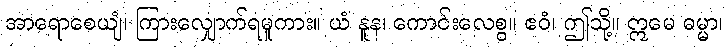
အာရောစေယျံ၊ ကြားလျှောက်ရမူကား။ ယံ နူန၊ ကောင်းလေစွ။ ဧဝံ၊ ဤသို့။ ဣမေ ဓမ္မာ၊